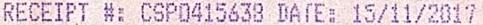
RECEIPT #: CSP0415638 DATE: 15/11/2017